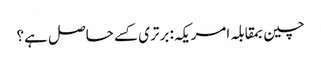
چین بمقابلہ امریکہ: برتری کسے حاصل ہے؟